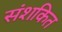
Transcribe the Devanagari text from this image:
संशकित